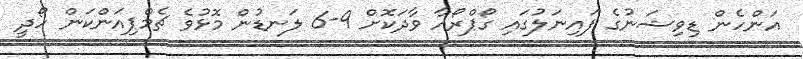
އަންހެން ޑިވިޝަނުގެ ފައިނަލުގައި ގޯޕްރޯއާ ވާދަކޮށް 9-6 ލަނޑުން މޮޅުވެ ޗެމްޕިއަންކަން ހޯދީ